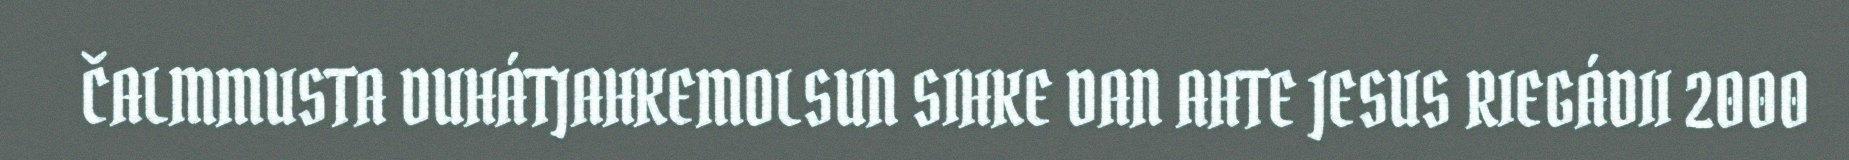
ČALMMUSTA DUHÁTJAHKEMOLSUN SIHKE DAN AHTE JESUS RIEGÁDII 2000